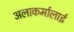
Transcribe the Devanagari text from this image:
अलाकर्मालाई